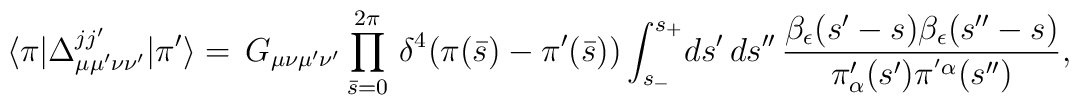
\langle\pi|\Delta^{jj'}_{\mu\mu'\nu\nu'}|\pi'\rangle=\,  G_{\mu\nu\mu'\nu'}\prod_{\bar s=0}^{2\pi}\,\delta^4(\pi(\bar s)-\pi'(\bar s))\int_{s_-}^{s_+}\!ds'\,ds''\,{{\beta_\epsilon(s'-s)\beta_\epsilon(s''-s)}\over{\pi'_\alpha(s')\pi^{'\alpha}(s'')}},